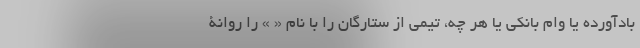
بادآورده یا وام بانکی یا هر چه، تیمی از ستارگان را با نام « » را روانۀ